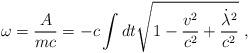
LaTeX: \begin{align*} \omega = \frac {A}{mc} = -c\int dt \sqrt{1 - \frac{v^2}{c^2} + \frac{\dot\lambda^2}{c^2}}~,\end{align*}